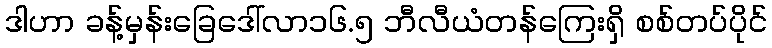
ဒါဟာ ခန့်မှန်းခြေဒေါ်လာ၁၆.၅ ဘီလီယံတန်ကြေးရှိ စစ်တပ်ပိုင်